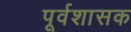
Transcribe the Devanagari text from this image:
पूर्वशासक